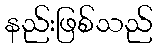
နည်းဖြစ်သည်